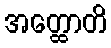
အတ္ထောတိ